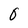
Character: 0